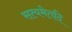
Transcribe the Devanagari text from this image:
सत्यमेतदि